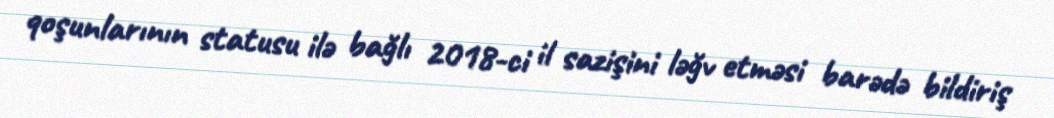
qoşunlarının statusu ilə bağlı 2018-ci il sazişini ləğv etməsi barədə bildiriş